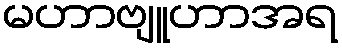
မဟာဗျူဟာအရ